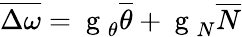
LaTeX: \overline{{\Delta\omega}}=\mathrm{~g~}_{\theta}\overline{{\theta}}+\mathrm{~g~}_{N}\overline{{N}}